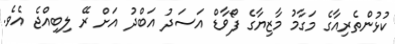
ކުޅުންތެރިއާގެ މަގާމު މާޒިޔާގެ ފޯވާޑް އަސަދު އަބްދު އަށް ރޭ ލިބިއްޖެ އެވެ.